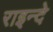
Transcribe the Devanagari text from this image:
राइन्दे